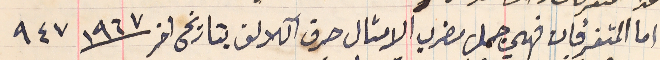
اما المتفرفات فهي جمل مضرب الامثال حرف آللالف بتاريخ اخر  ١٩٦٧ ٩٤٧